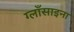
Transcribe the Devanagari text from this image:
ग्लाँसाइना